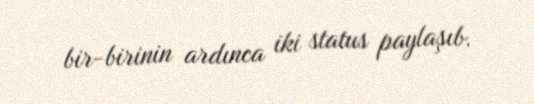
bir-birinin ardınca iki status paylaşıb.